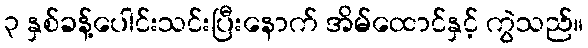
၃ နှစ်ခန့်ပေါင်းသင်းပြီးနောက် အိမ်ထောင်နှင့် ကွဲသည်။